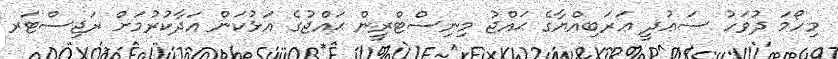
މިހޯމަ ދުވަހު ސަޢުދީ ޢަރަބިއްޔާގެ ޙައްޖު މިނިސްޓްރީން ޙައްޖުގެ އަޅުކަން އަދާކުރުމަށް ރަޖިސްޓަރ